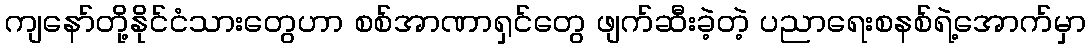
ကျနော်တို့နိုင်ငံသားတွေဟာ စစ်အာဏာရှင်တွေ ဖျက်ဆီးခဲ့တဲ့ ပညာရေးစနစ်ရဲ့အောက်မှာ